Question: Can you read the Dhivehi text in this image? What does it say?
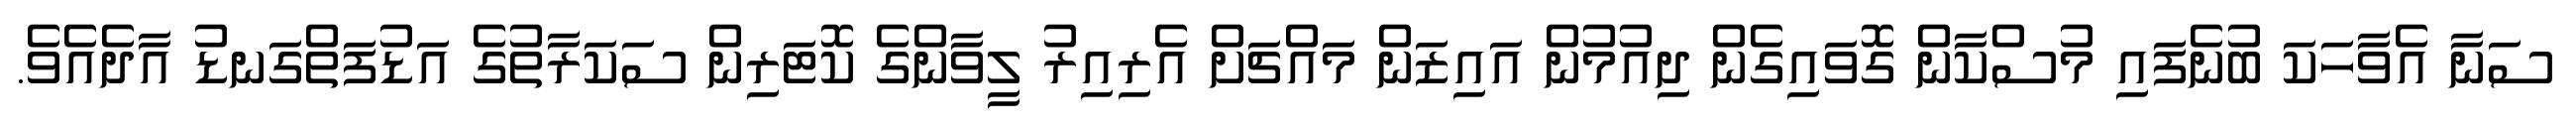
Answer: ސަނާ އެވާހަކަ ބުނެފައި މުސްކާން ގޮވައިގެން ދިއުމުން އައިޒަން މައްޗަށް އެރިއިރު ލީވާންގެ ކޮޓަރިން ސަކަރާތުގެ އަޑުފަތްގަނޑު އާދެއެވެ.